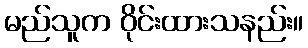
မည်သူက ဝိုင်းထားသနည်း။